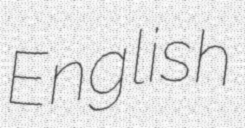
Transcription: English